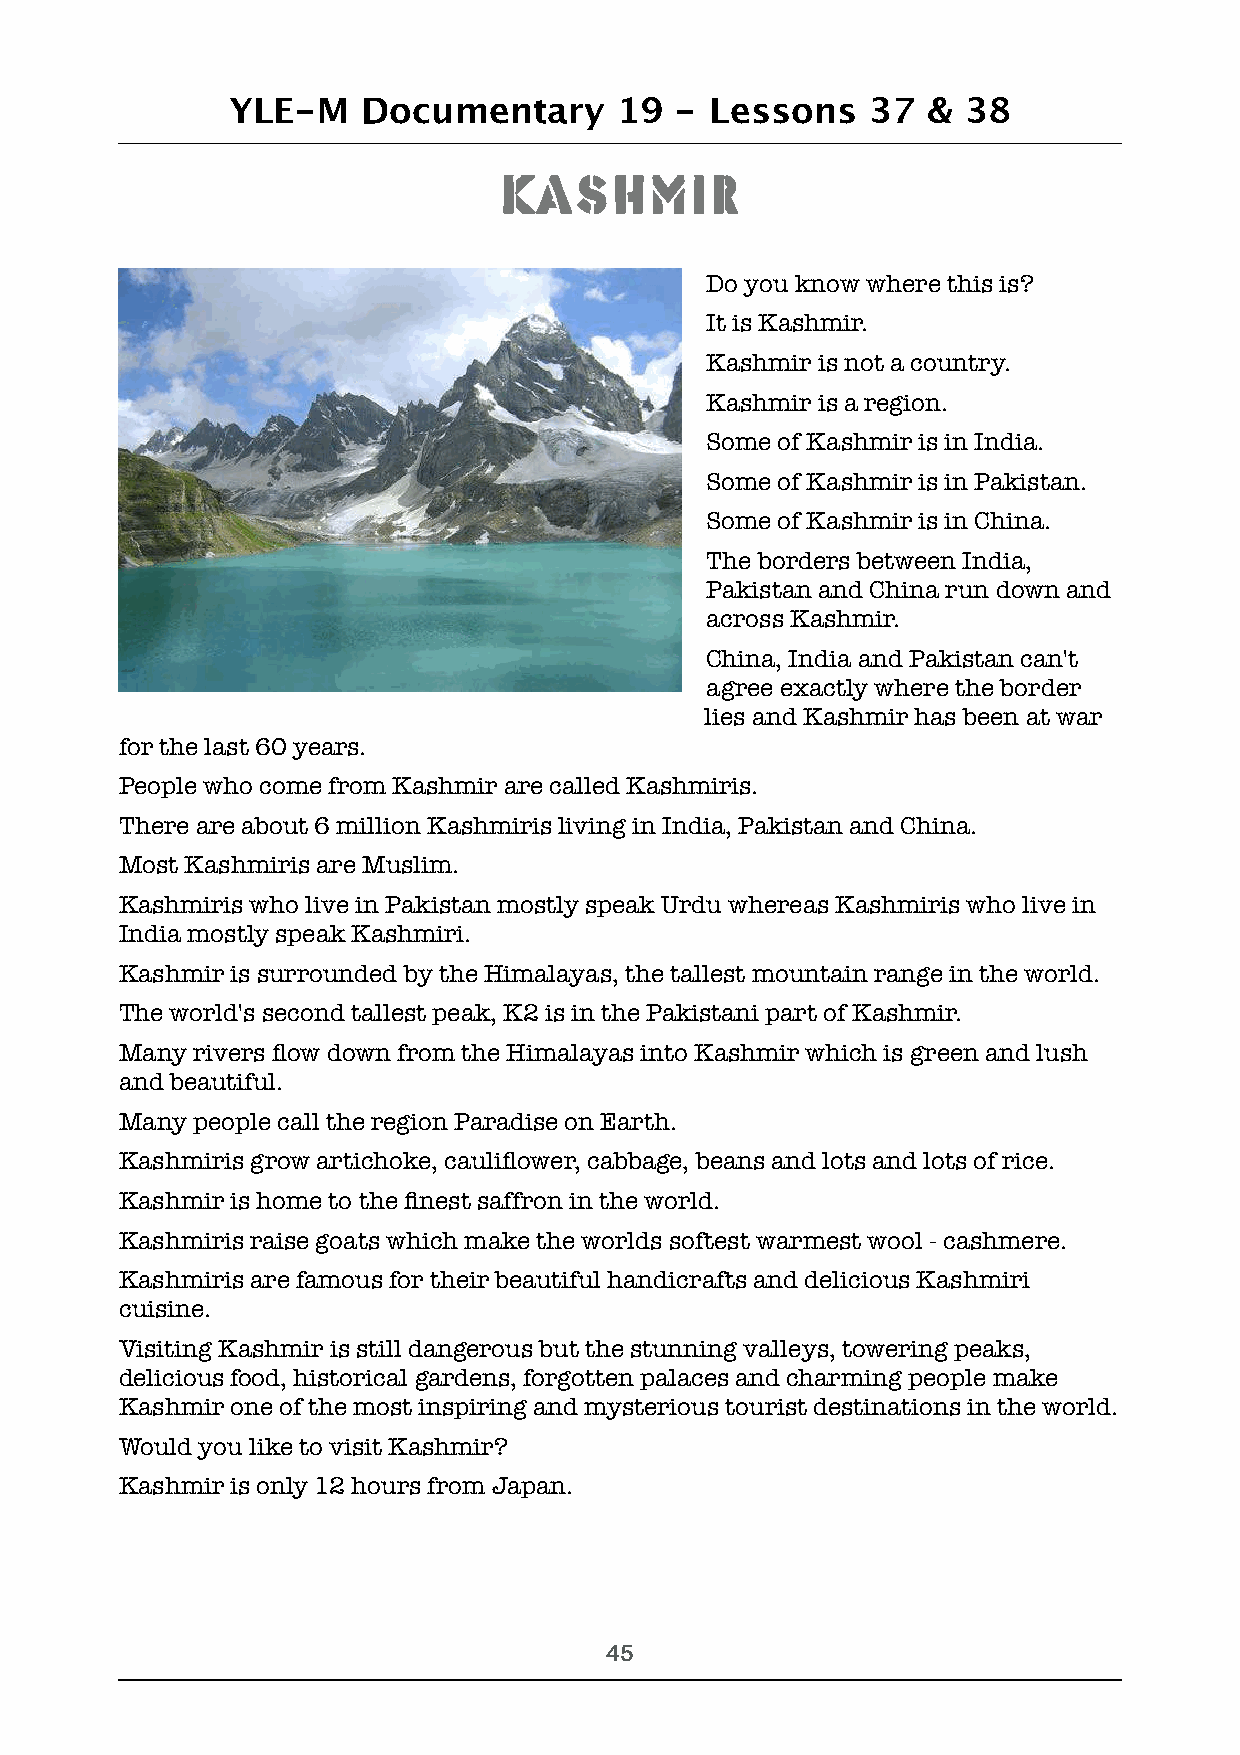
YLE-M    Documentary      19  - Lessons   37  &  38
 Kashmir
 Do you know where this is?
 It is Kashmir.
 Kashmir is not a country.
 Kashmir is a region.
 Some of Kashmir is in India.
 Some of Kashmir is in Pakistan.
 Some of Kashmir is in China.
 The borders between India,
 Pakistan and China run down and
 across Kashmir.
 China, India and Pakistan can't
 agree exactly where the border
 lies and Kashmir has been at war
 for the last 60 years.
 People who come from Kashmir are called Kashmiris.
 There are about 6 million Kashmiris living in India, Pakistan and China.
 Most Kashmiris are Muslim.
 Kashmiris who live in Pakistan mostly speak Urdu whereas Kashmiris who live in
 India mostly speak Kashmiri.
 Kashmir is surrounded by the Himalayas, the tallest mountain range in the world.
 The world's second tallest peak, K2 is in the Pakistani part of Kashmir.
 Many rivers flow down from the Himalayas into Kashmir which is green and lush
 and beautiful.
 Many people call the region Paradise on Earth.
 Kashmiris grow artichoke, cauliflower, cabbage, beans and lots and lots of rice.
 Kashmir is home to the finest saffron in the world.
 Kashmiris raise goats which make the worlds softest warmest wool - cashmere.
 Kashmiris are famous for their beautiful handicrafts and delicious Kashmiri
 cuisine.
 Visiting Kashmir is still dangerous but the stunning valleys, towering peaks,
 delicious food, historical gardens, forgotten palaces and charming people make
 Kashmir one of the most inspiring and mysterious tourist destinations in the world.
 Would you like to visit Kashmir?
 Kashmir is only 12 hours from Japan.
 !45